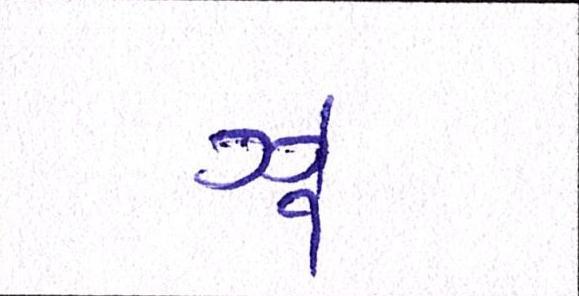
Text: ઝેૄ